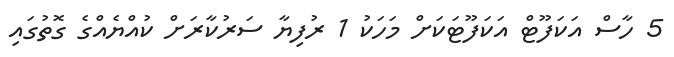
5 ހާސް އަކަފޫޓް އަކަފޫޓަކަށް މަހަކު 1 ރުފިޔާ ސަރުކާރަށް ކުއްޔެއްގެ ގޮތުގައި